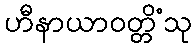
ဟီနာယာဝတ္တိံသု